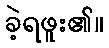
ခဲ့ရဖူး၏။